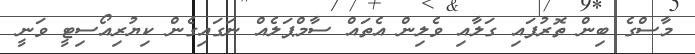
މާސްގެ ބިން ތޮރުފައި ގަލާއި ވެލިން އެތައް ސާމްޕަލެއް ނަގައިގެން ކިޔުރިއޯސިޓީ ވަނީ